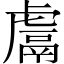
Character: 鬳